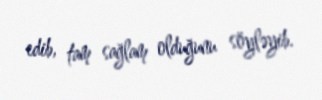
edib, tam sağlam olduğunu söyləyib.